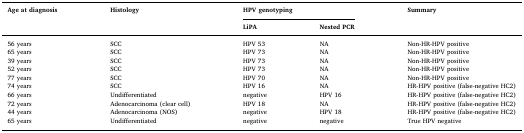
<table><thead><tr><td rowspan="2"><b>Age at diagnosis</b></td><td rowspan="2"><b>Histology</b></td><td colspan="2"><b>HPV genotyping</b></td><td rowspan="2"><b>Summary</b></td></tr><tr><td><b>LiPA</b></td><td><b>Nested PCR</b></td></tr></thead><tbody><tr><td>56 years</td><td>SCC</td><td>HPV 53</td><td>NA</td><td>Non-HR-HPV positive</td></tr><tr><td>65 years</td><td>SCC</td><td>HPV 73</td><td>NA</td><td>Non-HR-HPV positive</td></tr><tr><td>39 years</td><td>SCC</td><td>HPV 73</td><td>NA</td><td>Non-HR-HPV positive</td></tr><tr><td>52 years</td><td>SCC</td><td>HPV 73</td><td>NA</td><td>Non-HR-HPV positive</td></tr><tr><td>77 years</td><td>SCC</td><td>HPV 70</td><td>NA</td><td>Non-HR-HPV positive</td></tr><tr><td>74 years</td><td>SCC</td><td>HPV 16</td><td>NA</td><td>HR-HPV positive (false-negative HC2)</td></tr><tr><td>66 years</td><td>Undifferentiated</td><td>negative</td><td>HPV 16</td><td>HR-HPV positive (false-negative HC2)</td></tr><tr><td>72 years</td><td>Adenocarcinoma (clear cell)</td><td>HPV 18</td><td>NA</td><td>HR-HPV positive (false-negative HC2)</td></tr><tr><td>44 years</td><td>Adenocarcinoma (NOS)</td><td>negative</td><td>HPV 18</td><td>HR-HPV positive (false-negative HC2)</td></tr><tr><td>65 years</td><td>Undifferentiated</td><td>negative</td><td>negative</td><td>True HPV negative</td></tr></tbody></table>